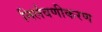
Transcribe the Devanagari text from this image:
निर्लवणीकरण